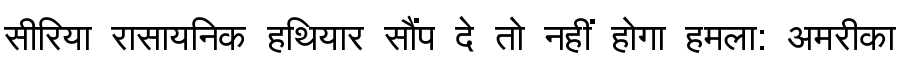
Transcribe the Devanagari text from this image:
सीरिया रासायनिक हथियार सौंप दे तो नहीं होगा हमला: अमरीका